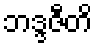
ဘဒ္ဒဇီတိ